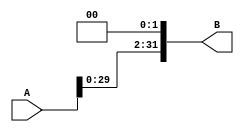
`timescale 1ns / 1ps
module shifttoleft(A,B);
	input [31:0]A;
	output [31:0]B;
	assign B = {A[29:0], 2'b00};
endmodule